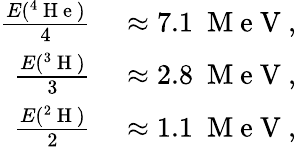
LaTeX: \begin{array}{rl}{\frac{E(^{4}\mathrm{~H~e~})}{4}}&{{}\approx 7.1~\mathrm{~M~e~V~},}\\ {\frac{E(^{3}\mathrm{~H~})}{3}}&{{}\approx 2.8~\mathrm{~M~e~V~},}\\ {\frac{E(^{2}\mathrm{~H~})}{2}}&{{}\approx 1.1~\mathrm{~M~e~V~},}\end{array}